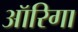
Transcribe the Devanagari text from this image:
ऑरिगा